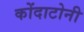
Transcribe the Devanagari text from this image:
कोंदाटोनी